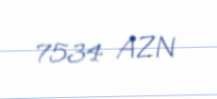
7534 AZN